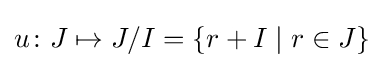
u\colon J\mapsto J/I=\lbrace r+I\mid r\in J\rbrace